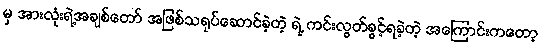
မှ အားလုံးရဲ့အချစ်တော် အဖြစ်သရုပ်ဆောင်ခဲ့တဲ့ ရဲ့ ကင်းလွတ်ခွင့်ရခဲ့တဲ့ အကြောင်းကတော့